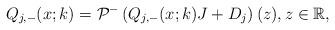
LaTeX: \begin{align*}Q_{j,-}(x;k)=\mathcal{P}^-\left(Q_{j,-}(x;k) J +D_j\right)(z), z \in \mathbb{R},\end{align*}